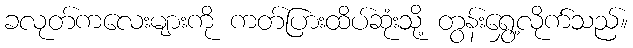
ခလုတ်ကလေးများကို ကတ်ပြားထိပ်ဆုံးသို့ တွန်းရွှေ့လိုက်သည်။